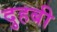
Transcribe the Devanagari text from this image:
दुहबी